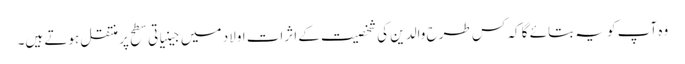
وہ آپ کو یہ بتائے گا کہ کس طرح والدین کی شخصیت کے اثرات اولاد میں جینیاتی سطح پر منتقل ہوتے ہیں۔